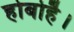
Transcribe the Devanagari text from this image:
होबोहै।